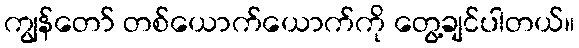
ကျွန်တော် တစ်ယောက်ယောက်ကို တွေ့ချင်ပါတယ်။